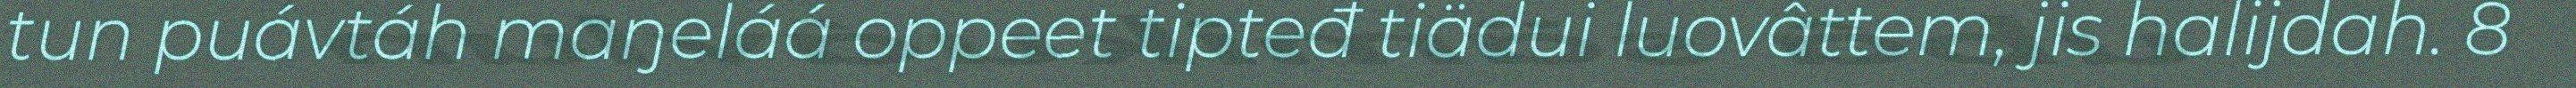
tun puávtáh maŋeláá oppeet tipteđ tiädui luovâttem, jis halijdah. 8